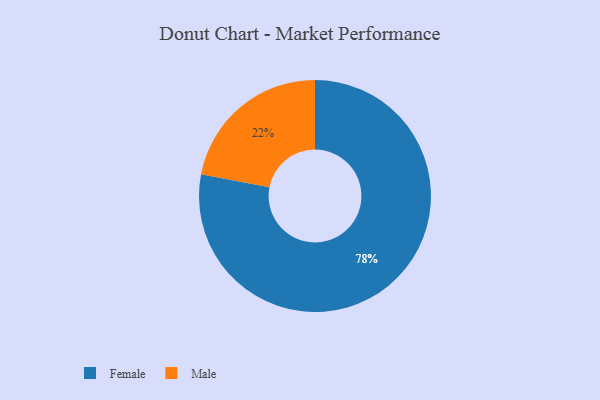
{"axis": {"x": "Category", "y": "Percentage"}, "legend": ["Female", "Male"], "data": [{"x": "Female", "y": 78, "type": "Female"}, {"x": "Male", "y": 22, "type": "Male"}]}